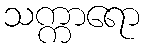
သက္ကာရော